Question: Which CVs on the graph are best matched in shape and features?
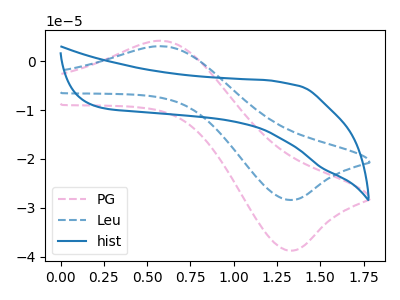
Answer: <think>The pink dashed curve "PG" has an anodic peak at (0.60V, 4.10uA) and a cathodic peak at (1.30V, -38.75uA). The blue dashed curve "Leu" has an anodic peak at (0.60V, 3.00uA) and a cathodic peak at (1.30V, -28.40uA). The blue curve "hist" has no peaks.
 All the peaks in "PG" have a peak in "Leu" at the same potential. Every peak in "PG" is higher than every peak in "Leu". "PG" and "hist" have a different number of peaks. "Leu" and "hist" have a different number of peaks.</think>
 <answer>"Leu" and "PG" have the same shape and are likely CV's of the same chemical.</answer>
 <eval>"Leu" "PG"</eval>